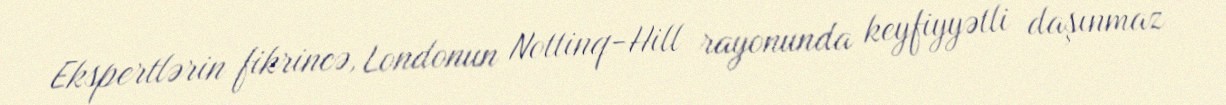
Ekspertlərin fikrincə, Londonun Nottinq-Hill rayonunda keyfiyyətli daşınmaz